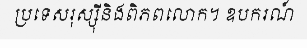
ប្រទេសរុស្ស៊ីនិងពិភពលោក។ ឧបករណ៍